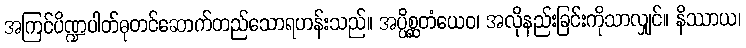
အကြင်ပိဏ္ဍပါတ်ဓုတင်ဆောက်တည်သောရဟန်းသည်။ အပ္ပိစ္ဆတံယေဝ၊ အလိုနည်းခြင်းကိုသာလျှင်။ နိဿာယ၊